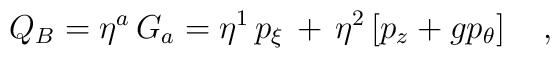
Q_B=\eta^a\,G_a=\eta^1\,p_\xi\,+\,\eta^2\left[p_z+gp_\theta\right]\ \ \ ,